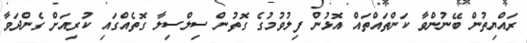
ރައްޔިތުން ބޭނުންވާ ކަންތައްތައް އޮޅުން ފިލުވުމުގެ ގޮތުން ސިލްސިލާ ގޮތެއްގައި ކުރިއަށް ގެންދަވާ